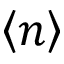
\left< n \right>